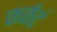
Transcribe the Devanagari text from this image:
कर्कटं